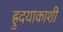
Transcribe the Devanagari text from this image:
ह्रुदयाकाशी